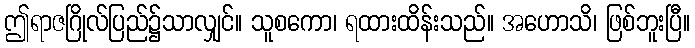
ဤရာဇဂြိုလ်ပြည်၌သာလျှင်။ သူစကော၊ ရထားထိန်းသည်။ အဟောသိ၊ ဖြစ်ဘူးပြီ။